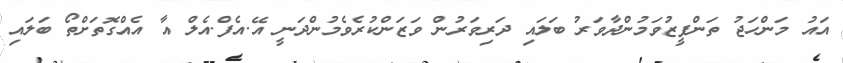
އައު މަންހަޖު ތަންފީޒުވަމުންދާވަރު ބަލައި ދަރިވަރުން ވަޒަންކުރެވެމުންދަނީ އޭ.އެފް.އެލް އާ އެއްގޮތަށްތޯ ބަލައި